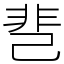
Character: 䨽